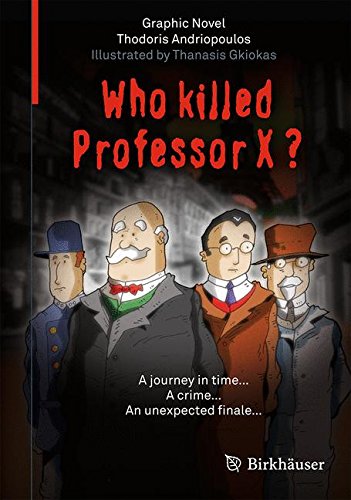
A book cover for Who Killed Professor X?; Thodoris Andriopoulos; Humor & Entertainment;